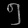
Digit: ၅